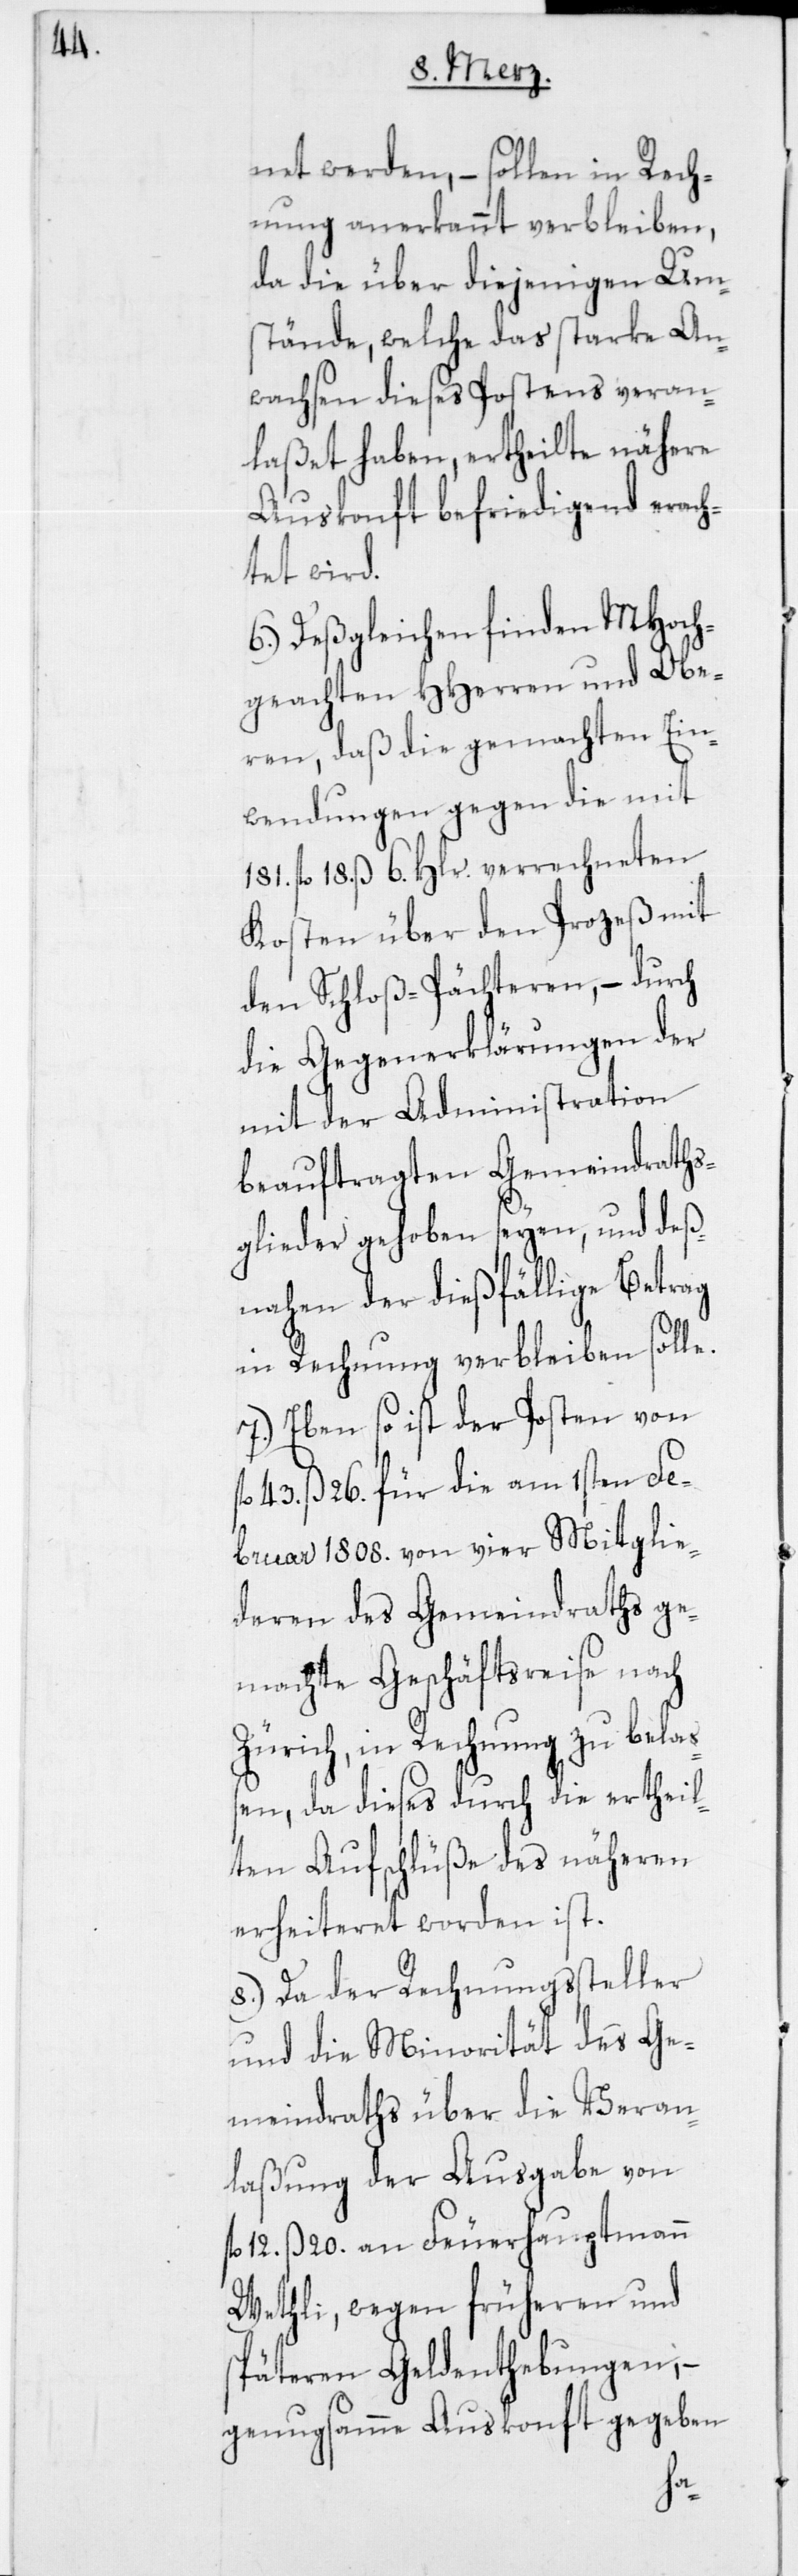
net worden, – sollen in Rech¬
nung anerkannt verbleiben,
da die über diejenigen Um¬
stände, welche das starke An¬
wachsen dieses Postens veran¬
laßet haben, ertheilte nähere
Auskonft befriedigend erach¬
tet wird.
6.) Deßgleichen finden MHoch¬
geachten HHerren und Obe¬
ren, daß die gemachten Ein¬
wendungen gegen die mit
181. fl. 18. ß 6. Hlr. verrechneten
Kosten über den Prozeß mit
den Schloß-Pächteren, – durch
die Gegenerklärungen der
mit der Administration
beauftragten Gemeindraths¬
glieder gehoben seyen, und deß¬
nahen der dießfällige Betrag
in Rechnung verbleiben solle.
7.) Eben so ist der Posten von
43. ß 26. für die am 1sten Fe¬
bruar 1808. von vier Mitglie¬
deren des Gemeindraths ge¬
machte Geschäftsreise nach
Zürich, in Rechnung zu belaß¬
en, da dieses durch die ertheil¬
ten Aufschlüße des näheren
erheiteret worden ist.
8.) Da der Rechnungssteller
und die Minorität des Ge¬
meindraths über die Veran¬
laßung der Ausgabe von
12. ß 20. an Feuerhauptmann
Wethli, wegen früheren und
späteren Geldenthebungen, –
genugsamme Auskonft gegeben